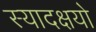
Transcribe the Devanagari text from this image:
स्यादक्षयो